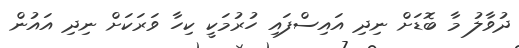
ދުވާލު މާ ބޮޑަށް ނިދި އައިސްފައި ހުރުމަކީ ކިހާ ވަރަކަށް ނިދި އައުން